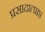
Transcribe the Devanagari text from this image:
प्रसादात्प्राप्त